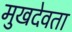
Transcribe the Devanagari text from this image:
मुखदेवता